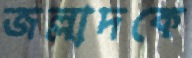
জল্লাদকে